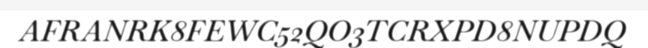
AFRANRK8FEWC52QO3TCRXPD8NUPDQ